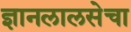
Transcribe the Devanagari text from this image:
ज्ञानलालसेचा